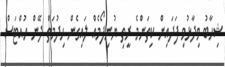
ޝިހާބު ވިދާޅުވި ފަދައިން ކިތަންމެ ރީތި ޔުނިފޯމެއް ލައިގެން ހިދުމަތް ދޭން ހުއްޓަސް